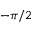
- \pi / 2